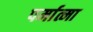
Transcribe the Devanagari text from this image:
पर्मात्मा